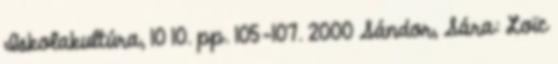
Iskolakultúra, 10 10. pp. 105-107. 2000 Sándor, Sára: Loïc